画像に写った文字を読んでください
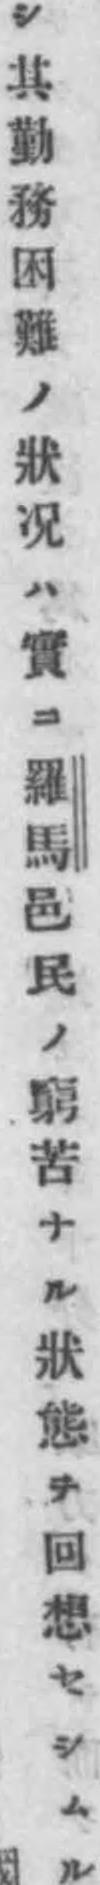
「シ其勤務困難ノ狀况ハ實ニ羅馬邑民ノ窮苦ナル狀態ヲ回想セシムル」と書いてあります